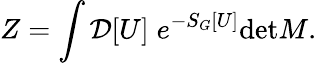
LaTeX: Z=\int{}{\cal D}[U]\; e^{-S_{G}[U]}\mathrm{det}M.